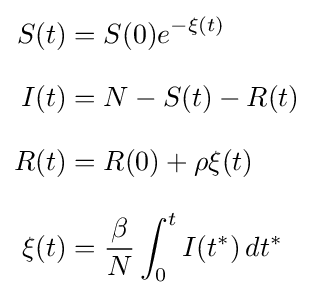
{\begin{aligned}S(t)&=S(0)e^{-\xi (t)}\\[8pt]I(t)&=N-S(t)-R(t)\\[8pt]R(t)&=R(0)+\rho \xi (t)\\[8pt]\xi (t)&={\frac {\beta }{N}}\int _{0}^{t}I(t^{*})\,dt^{*}\end{aligned}}